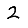
Digit: 2